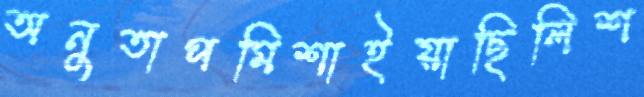
অনুতাপমিশাইয়াছিলিশ